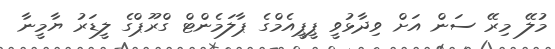
މުލޭ މިރޭ ސަން އަށް ވިދާޅުވީ ޕީޕީއެމްގެ ޕާލަމެންޓް ގްރޫޕްގެ ލީޑަރު ޔާމީނާ